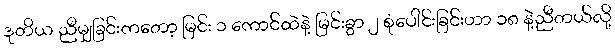
ဒုတိယ ညီမျှခြင်းကတော့ မြင်း ၁ ကောင်ထဲနဲ့ မြင်းခွာ ၂ စုံပေါင်းခြင်းဟာ ၁၈ နဲ့ညီတယ်လို့